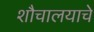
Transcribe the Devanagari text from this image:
शौचालयाचे